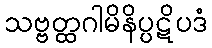
သဗ္ဗတ္ထဂါမိနိပ္ပဋိပဒံ